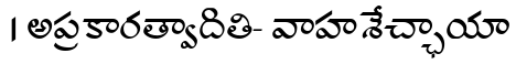
। అప్రకారత్వాదితి- వాహశేచ్ఛాయా